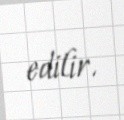
edilir.